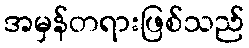
အမှန်တရားဖြစ်သည်